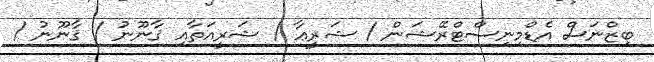
ބިޒްނަސް އެޑްމިނިސްޓްރޭޝަން / ޝަރީޢާ / ޝަރީއަތާއި ޤާނޫނު / ޤާނޫނު /